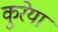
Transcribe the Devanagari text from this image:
कुरेया